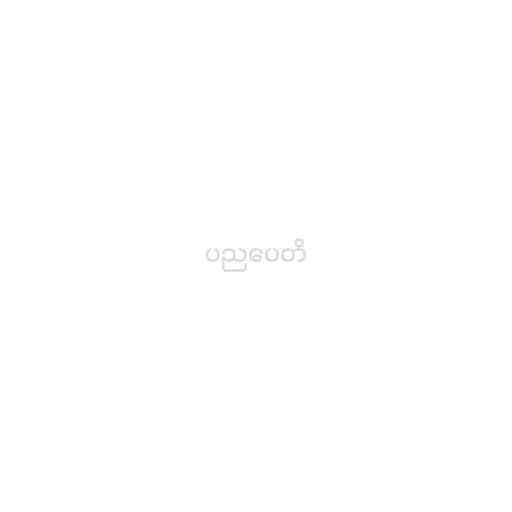
ပညပေတိ